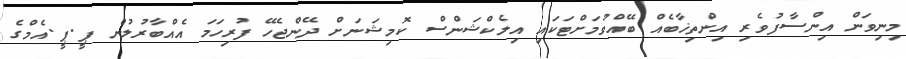
މިނިވަން އިންސާފުވެރި އިންތިޚާބެއް ބޭއްވުމަށްޓަކައި އިލެކްޝަންސް ކޮމިޝަނަށް ދޭންޖެހޭ ފުރިހަމަ އެއްބާރުލުން ޕީ.ޕީ.އެމްގެ